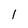
Character: 1